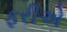
ફરીએ